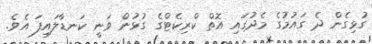
ގުޅިގެން ދެ ގައުމުގެ މެދުގައި އޮތް ކްރިކެޓްގެ ގުޅުން ވަނީ ކަނޑާލައިފަ އެވެ.